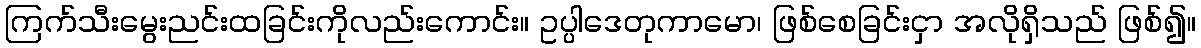
ကြက်သီးမွေးညင်းထခြင်းကိုလည်းကောင်း။ ဥပ္ပါဒေတုကာမော၊ ဖြစ်စေခြင်းငှာ အလိုရှိသည် ဖြစ်၍။